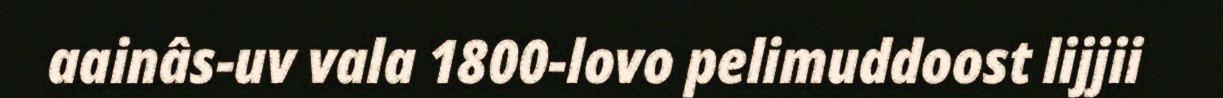
aainâs-uv vala 1800-lovo pelimuddoost lijjii